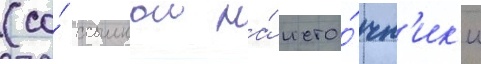
(со́ ссылкои на́ исто́чн'ик'и